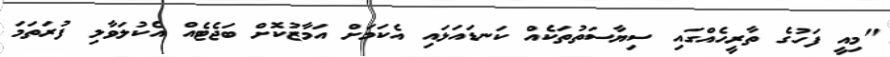
"މިއީ ފަހުގެ ތާރީހެއްގައި ސިޔާސަތުތަކެއް ކަނޑައަޅައި އެކަމަށް އަމާޒުކޮށް ބަޖެޓެއް އެކުލަވާލި ފުރަތަމަ